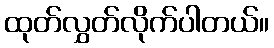
ထုတ်လွှတ်လိုက်ပါတယ်။